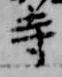
寺